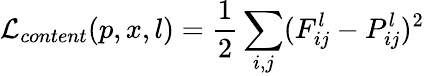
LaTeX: \mathcal{L}_{content}(p,x,l)=\frac{1}{2}\sum_{i,j}(F_{ij}^{l}-P_{ij}^{l})^{2}